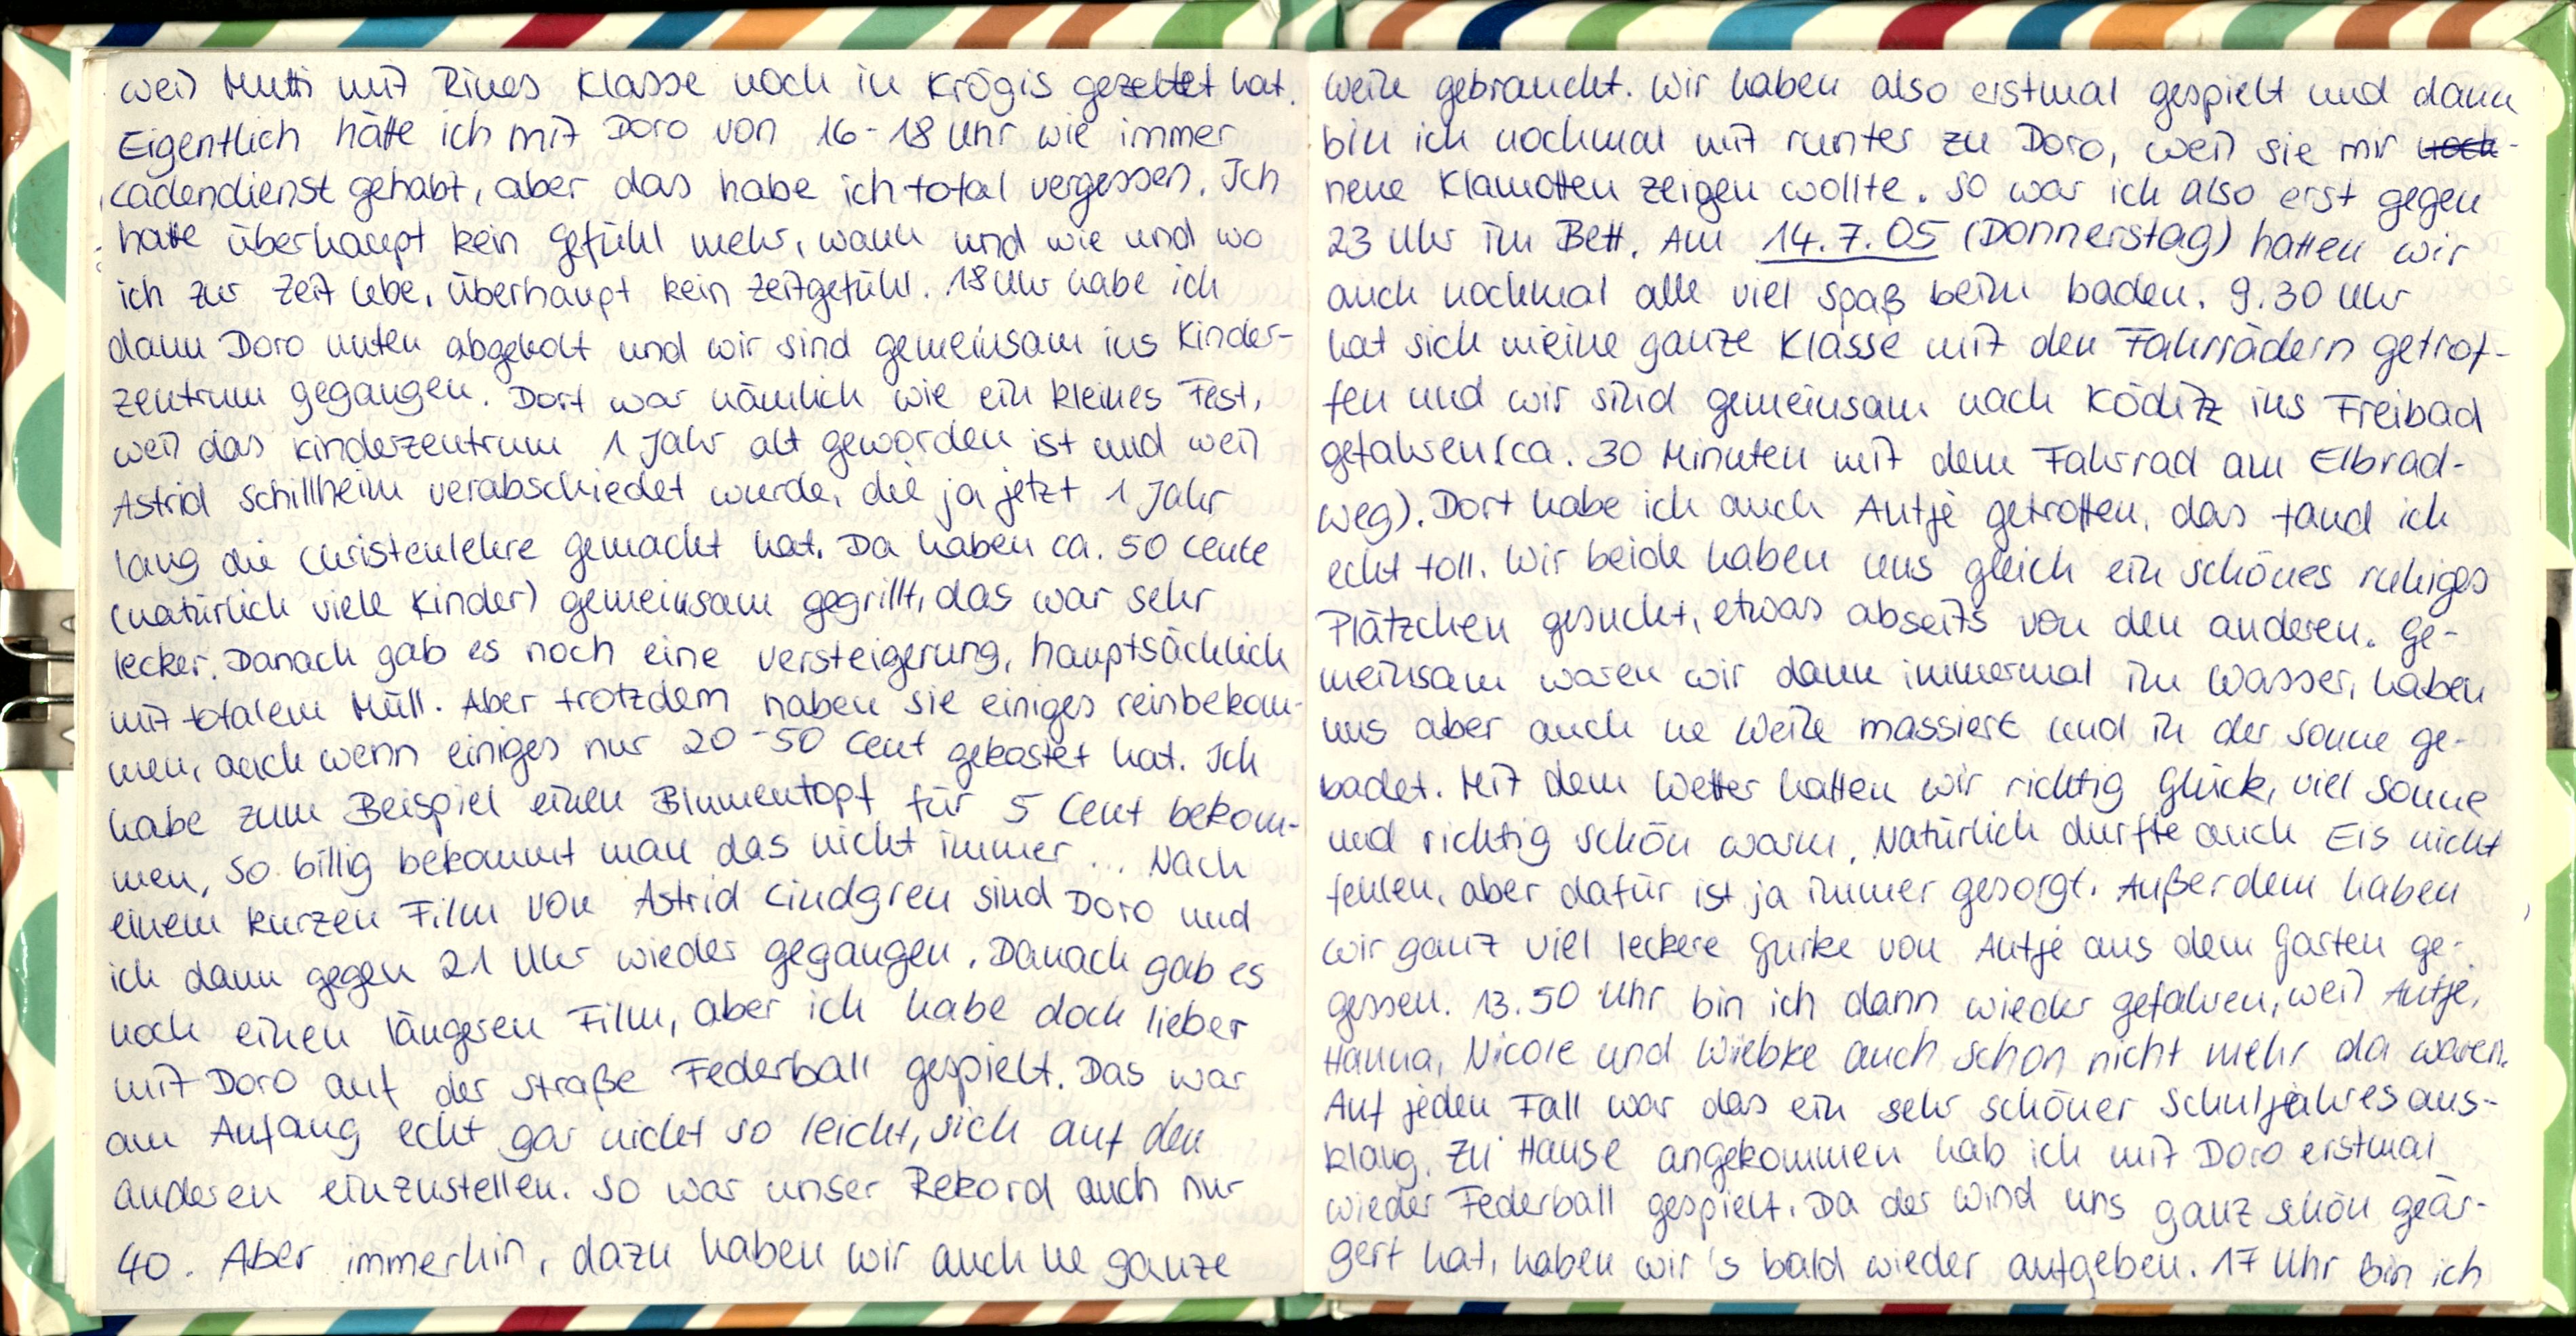
weil Mutti mit Rines Klasse noch in Krögis gezeltet hat.
Eigentlich hatte ich mit Doro von 16-18 Uhr wie immer
Ladendienst gehabt, aber das habe ich total vergessen. Ich
hatte überhaupt kein Gefühl mehr, wann und wie und wo
ich zur Zeit Lebe, überhaupt kein Zeitgefühl. 18Uhr habe ich
dann Doro unten abgelot und wir sind gemeinsam ius Kinder-
zeutrum gegangen. Dort war nämlich wie ein kleines Fest,
weil das Kinderzeutrum 1 Jahr alt geworden ist und weil
Astnid schillheim verabschiedet wurde, die ja jetzt 1 Jahr
laug die Christenlehre gemacht hat. Da haben ca. 50 Leute
(natürlich viele Kinder) gemeinsam gegrillt, das war sehr
lecker. Danach gab es noch eine Verstelgerung, hauptsächlich
mit tofalem Mall. Aber trotzdem haben sie einiges reinbekom-
men, auch wenn einiges nur 20-50 Leut gekastet hat. Ich
habe zum Beispiel einen Blumentopf für 5 Leut bekom-
men. So billig bekommt man das nicht immer.. Nach
einem kurzen Film von Astrid Lindgren sind Doro und
ich dann gegen 21 Uhr wieder gegangen. Danach gab es
hoch einen läugeren Fill, aber ich habe doch lieber
mit Doro auf der Straße Federball gespielt. Das war
am Aufaug echt gar nicht so leicht, sich auf den
auderen einzustellen. So war unser Rekord auch nur
4o. Aber immerhin, dazu haben wir auch ne ganze

Weile gebraucht. Wir haben also erstmal gespielt und dann
bin ich nochmal mit runter zu Doro, weil sie mir -
neue Klauotten zeigen wollte. So war ich also erst gegen
23 Uhr im Bett. Am 14.7.05 (Donnerstag) hatten wir
auch nochmal alle viel Spaß beim baden. 9.30 Uhr
hat sich meine ganze Klasse mit den Falirrädern getrof-
fen und wir sind gemeinsam nach Köditz ins Freibad
gefahreurca. 30 Minuten mit dem Fahrrad au Elbrad-
weg). Dort habe ich auch Autje getroffen, das fand ich
echt toll. Wir beide haben uns gleich ein schönes ruhiges
Plätzchen gesucht, etwas abseits von den auderen. Ge-
meinisam waren wir dann immermal im Wasser, haben
uus aber auch ne Weile massiert und in der Sonne ge-
badet. Mit dem Wetter hatten wir richtig glück, viel Sonne
und richtig schön warm. Natürlich durfte auch Eis nicht
feulen, aber dafür ist ja immer gesorgt. Außerdem haben
wir ganz viel leckere Gürke von Aufje aus dem garten ge-
gessen. 13.50 Uhr bin ich dann wieder gefahren, weil Autje,
Hanna, Nicole und Wiebke auch schon nicht mehr da waren.
Auf jeden Fall war das ein sehr schöner Schnljahresaus-
klaug, Zu Hause angekommen hab ich mit Doro erstmal
wieder Federball gespielt. Da der Wind uns ganz schön gear-
gert hat, haben wir's bald wieder aufgeben. 17 Uhr bin ich